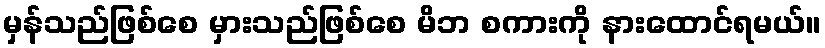
မှန်သည်ဖြစ်စေ မှားသည်ဖြစ်စေ မိဘ စကားကို နားထောင်ရမယ်။